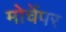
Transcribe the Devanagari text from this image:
मोर्चेपर